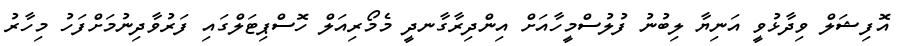
އޮފިޝަލް ވިދާޅުވީ އަނިޔާ ލިބުނު ފުލުސްމީހާއަށް އިންދިރާގާނދީ މެމޯރިއަލް ހޮސްޕިޓަލްގައި ފަރުވާދިނުމަށްފަހު މިހާރު